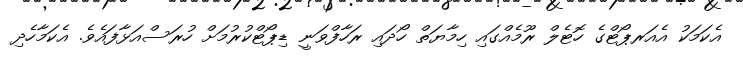
އެކަމަކު އެއަރޕޯޓްގެ ހޮޓެލް ރޫމެއްގައި ހިމާޔަތް ހޯދައި ރަހާފްވަނީ ޑިޕޯޓްކުރުމަށް ހުރަސްއަޅާފައެވެ. އެކަމާހެދި